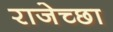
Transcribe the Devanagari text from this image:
राजेच्छा